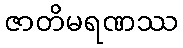
ဇာတိမရဏဿ